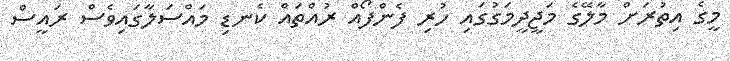
މީގެ އިތުރަށް މާލޭގެ މަޖީދީމަގުގައި ހުރި ފެންފޯއް ރުއްތައް ކެނޑި މައްސަލާގައިވެސް ރައީސް